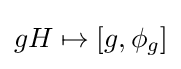
gH\mapsto [g,\phi _{g}]